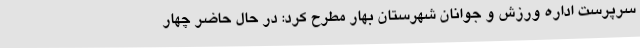
سرپرست اداره ورزش و جوانان شهرستان بهار مطرح کرد: در حال حاضر چهار